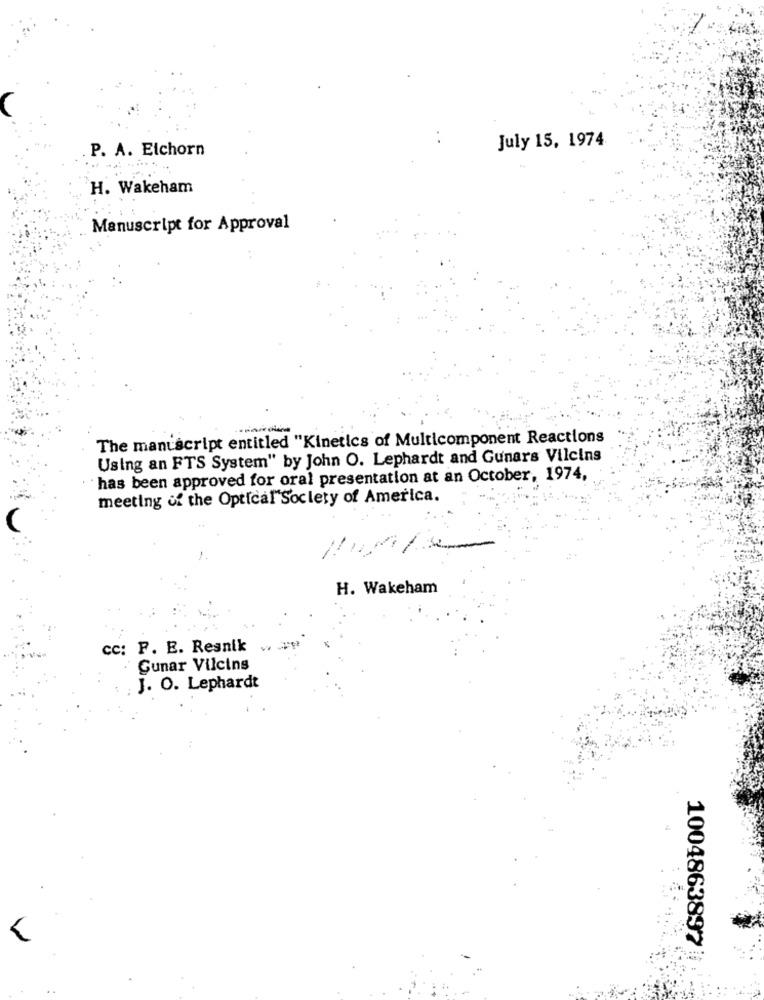
July 15, 1974
P. A. Elchorn
H. Wakeham
Manuscript for Approval
The manuscript entitled "Kinetics of Multicomponent Reactions
Using an FTS System" by John O. Lephardt and Gunars Vilcins
has been approved for oral presentation at an October, 1974,
meeting of the Optical"Society of America.
H. Wakeham
cc: F. E. Resnik
Gunar Vilcins
J. O. Lephardt
1004863897